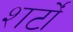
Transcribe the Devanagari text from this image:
शर्टों